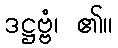
ဒဋ္ဌဗ္ဗံ၊ ၏။